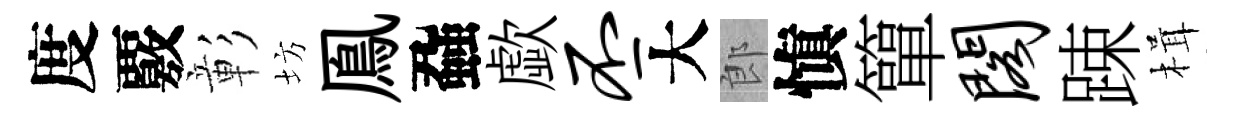
度覈彰坊鳯蝨歔丕大郎愼簞阁踈楫